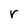
Character: r